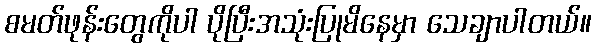
စမတ်ဖုန်းတွေကိုပါ ပိုပြီးအသုံးပြုမိနေမှာ သေချာပါတယ်။